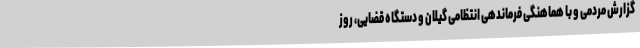
گزارش مردمی و با هماهنگی فرماندهی انتظامی گیلان و دستگاه قضایی، روز